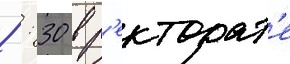
8: 30 в р'екторат'е